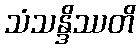
သံသန္ဒိဿတိ